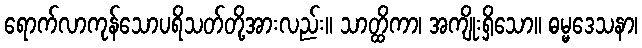
ရောက်လာကုန်သောပရိသတ်တို့အားလည်း။ သာတ္ထိကာ၊ အကျိုးရှိသော။ ဓမ္မဒေသနာ၊